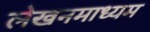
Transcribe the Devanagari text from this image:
लेखनमाध्यम